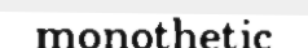
monothetic